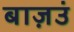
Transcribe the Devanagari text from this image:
बाज़उं